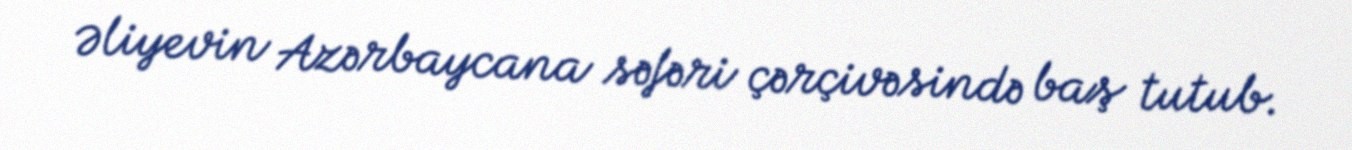
Əliyevin Azərbaycana səfəri çərçivəsində baş tutub.